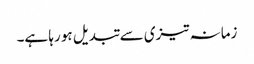
زمانہ تیزی سے تبدیل ہو رہا ہے۔